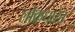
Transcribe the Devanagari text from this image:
लोकधारेत